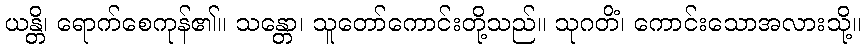
ယန္တိ၊ ရောက်စေကုန်၏။ သန္တော၊ သူတော်ကောင်းတို့သည်။ သုဂတိံ၊ ကောင်းသောအလားသို့။